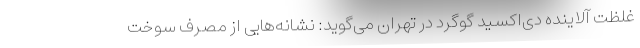
غلظت آلاینده دی‌اکسید گوگرد در تهران می‌گوید: نشانه‌هایی از مصرف سوخت